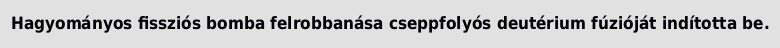
Hagyományos fissziós bomba felrobbanása cseppfolyós deutérium fúzióját indította be.